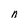
Character: n